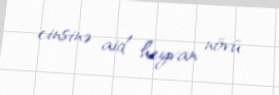
cinsinə aid heyvan növü.